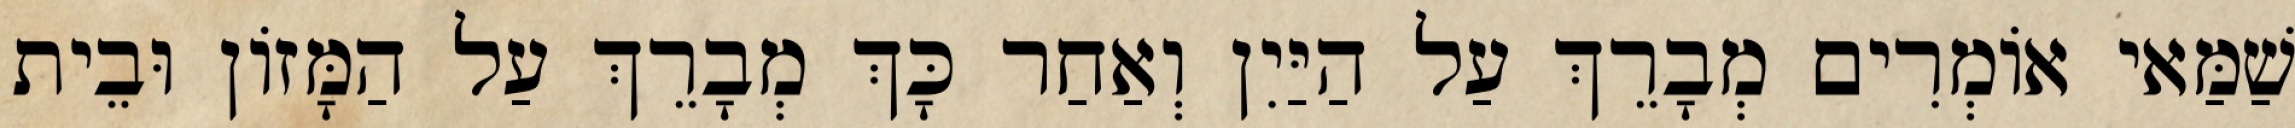
שַׁמַּאי אוֹמְרִים מְבָרֵךְ עַל הַיַּיִן וְאַחַר כָּךְ מְבָרֵךְ עַל הַמָּזוֹן וּבֵית